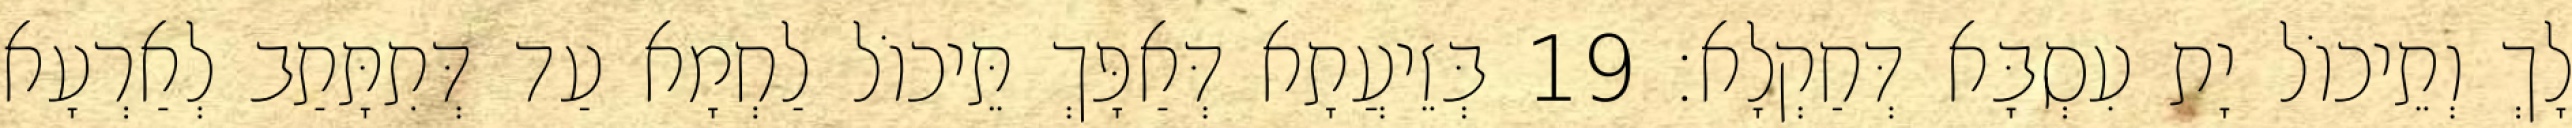
לָךְ וְתֵיכוֹל יָת עִסְבָּא דְּחַקְלָא׃ 19 בְּזֵיעֲתָא דְּאַפָּךְ תֵּיכוֹל לַחְמָא עַד דְּתִתָּתַב לְאַרְעָא